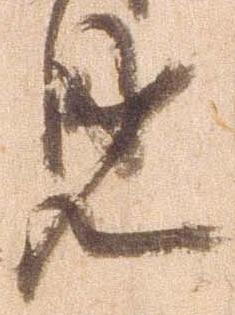
見